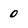
Character: 0